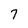
Character: 7